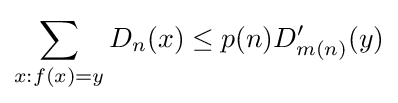
\sum \limits _{x:f(x)=y}D_{n}(x)\leq p(n)D'_{m(n)}(y)